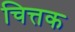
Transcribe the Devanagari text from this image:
चित्तक